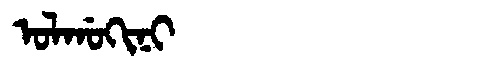
Manchu: ᠣᠯᡤᠣᡴᡳᠨᡳ
Romanization: OLGOKINI